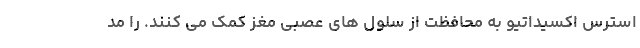
استرس اکسیداتیو به محافظت از سلول های عصبی مغز کمک می کنند. را مد